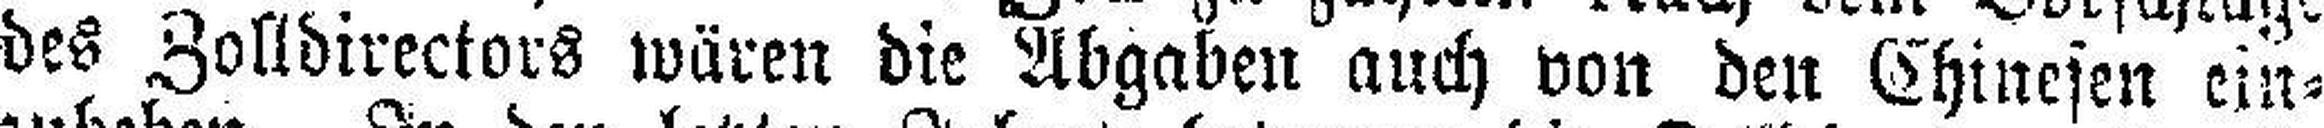
des Zolldirectors wären die Abgaben auch von den Chinesen ein¬